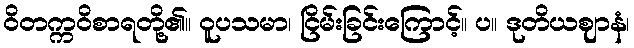
ဝိတက္ကဝိစာရတို့၏။ ဝူပသမာ၊ ငြိမ်းခြင်းကြောင့်။ ပ။ ဒုတိယဈာနံ၊